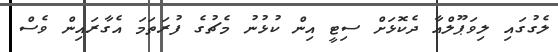
ލެގުގައި ލިވަޕޫލްއާ ދެކޮޅަށް ސިޓީ އިން ކުޅުނު މެޗުގެ ފުރަތަމަ އެގާރައިން ވެސް